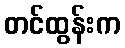
တင်ထွန်းက